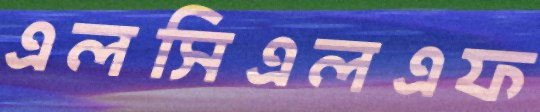
এলসিএলএফ